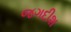
જગદીશ